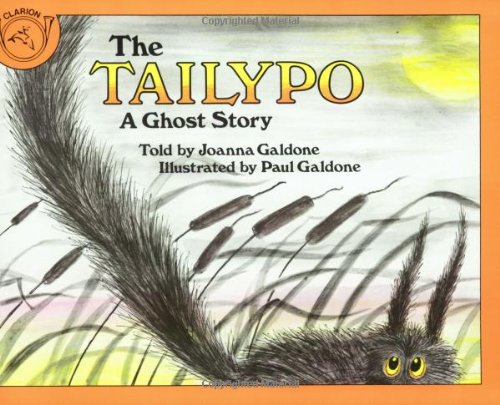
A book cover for The Tailypo: A Ghost Story (Paul Galdone Classics); Joanna C. Galdone; Children's Books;